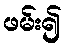
ဖမ်း၍